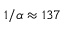
1 / \alpha \approx 1 3 7